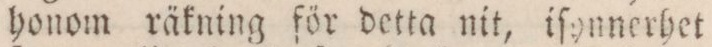
honom räkning för detta nit, iſynnerhet